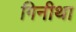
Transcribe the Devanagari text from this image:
गिनीथा